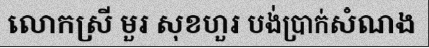
លោកស្រី មួរ សុខហួរ បង់ប្រាក់សំណង